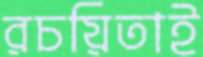
রচয়িতাই